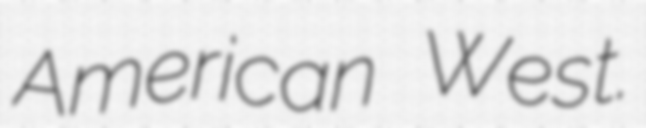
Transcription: American West.